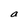
Character: a